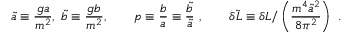
{ \tilde { a } } \equiv \frac { g a } { m ^ { 2 } } , \ { \tilde { b } } \equiv \frac { g b } { m ^ { 2 } } , \qquad p \equiv \frac { b } { a } \equiv \frac { { \tilde { b } } } { { \tilde { a } } } \ , \qquad \delta { \tilde { \cal L } } \equiv \delta { \cal L } / \left( \frac { m ^ { 4 } { \tilde { a } } ^ { 2 } } { 8 \pi ^ { 2 } } \right) \ .